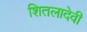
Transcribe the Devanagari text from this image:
शितलादेवी